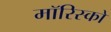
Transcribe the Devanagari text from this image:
मॉरिस्को